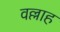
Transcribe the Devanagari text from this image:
वल्लाह